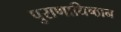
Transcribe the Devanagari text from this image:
पुराणाधिष्ठान